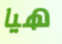
هيا